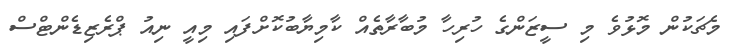
މެޗަކުން މޮޅުވެ މި ސީޒަންގެ ހުރިހާ މުބާރާތެއް ކާމިޔާބުކޮށްފައި މިއީ ނިއު ޕްރެޒިޑެންޓްސް